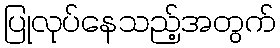
ပြုလုပ်နေသည့်အတွက်